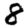
Digit: 8